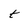
Character: t